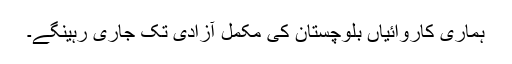
ہماری کاروائیاں بلوچستان کی مکمل آزادی تک جاری رہینگے۔